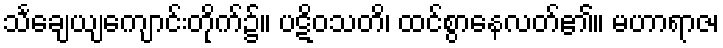
သင်္ချေယျကျောင်းတိုက်၌။ ပဋိဝသတိ၊ ထင်စွာနေလတ်၏။ မဟာရာဇ၊